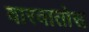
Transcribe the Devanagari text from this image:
वारवातोस